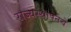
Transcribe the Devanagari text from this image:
राज्यस्थापनेचे